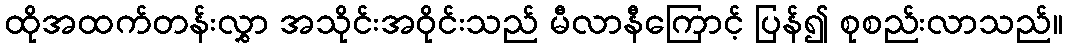
ထိုအထက်တန်းလွှာ အသိုင်းအဝိုင်းသည် မီလာနီကြောင့် ပြန်၍ စုစည်းလာသည်။